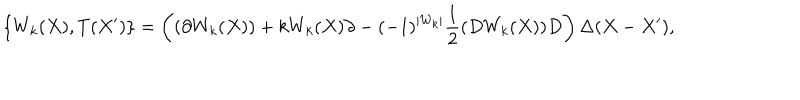
\{ W _ { k } ( X ) , T ( X ^ { \prime } ) \} = \left( ( \partial W _ { k } ( X ) ) + k W _ { k } ( X ) \partial - ( - 1 ) ^ { | W _ { k } | } \frac { 1 } { 2 } ( D W _ { k } ( X ) ) D \right) \Delta ( X - X ^ { \prime } ) ,